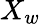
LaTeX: X_{w}